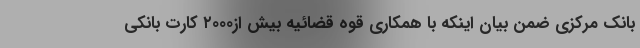
بانک مرکزی ضمن بیان اینکه با همکاری قوه قضائیه بیش از۲۰۰۰ کارت بانکی